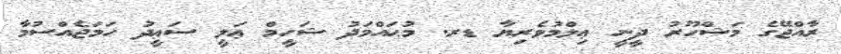
ރާއްޖޭގެ މަޝްހޫރު ދީނީ ޢިލްމުވެރިޔާ ޑރ. މުޙައްމަދު ޝަހީމް ޢަލީ ސަޢީދު ހަމަޖެއްސުމާ